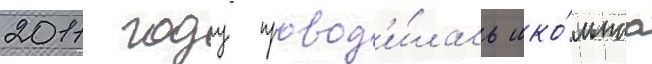
2011 году провод'и́лась шко́льнаа